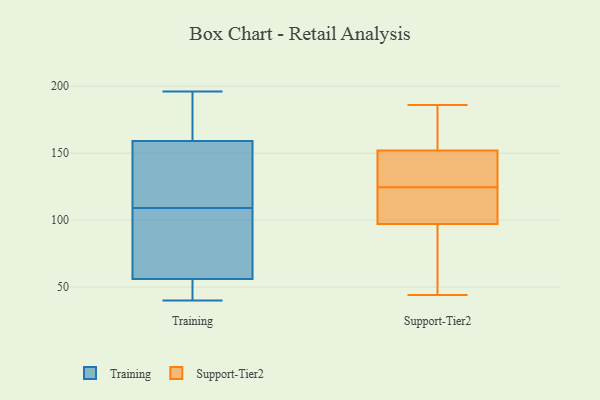
{"axis": {"x": "Humidity (%)", "y": "Value"}, "legend": ["Support-Tier2", "Training"], "data": [{"x": "", "y": 196, "type": "Training"}, {"x": "", "y": 126, "type": "Training"}, {"x": "", "y": 72, "type": "Training"}, {"x": "", "y": 159, "type": "Training"}, {"x": "", "y": 40, "type": "Training"}, {"x": "", "y": 44, "type": "Training"}, {"x": "", "y": 136, "type": "Training"}, {"x": "", "y": 56, "type": "Training"}, {"x": "", "y": 167, "type": "Training"}, {"x": "", "y": 92, "type": "Training"}, {"x": "", "y": 104, "type": "Support-Tier2"}, {"x": "", "y": 126, "type": "Support-Tier2"}, {"x": "", "y": 155, "type": "Support-Tier2"}, {"x": "", "y": 80, "type": "Support-Tier2"}, {"x": "", "y": 123, "type": "Support-Tier2"}, {"x": "", "y": 147, "type": "Support-Tier2"}, {"x": "", "y": 186, "type": "Support-Tier2"}, {"x": "", "y": 44, "type": "Support-Tier2"}, {"x": "", "y": 97, "type": "Support-Tier2"}, {"x": "", "y": 152, "type": "Support-Tier2"}]}